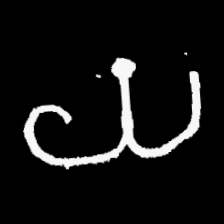
Pyu character \u2014 Myanmar letter: ယ (romanized: ya)